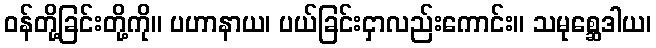
ဝန်တို့ခြင်းတို့ကို။ ပဟာနာယ၊ ပယ်ခြင်းငှာလည်းကောင်း။ သမုစ္ဆေဒါယ၊